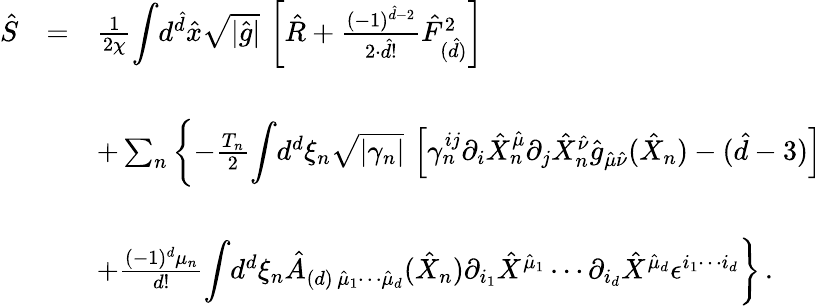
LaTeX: \begin{array}{rcl}{{\hat{S}}}&{{=}}&{{\frac{1}{2\chi}{\displaystyle\int}d^{\hat{d}}\hat{x}\sqrt{|\hat{g}|}\, \left[\hat{R}+\frac{(-1)^{\hat{d}-2}}{2\cdot\hat{d}!}\hat{F}_{(\hat{d})}^{2}\right]}}\\ {{}}&{{}}&{{}}\\ {{}}&{{}}&{{+\sum_{n}\left\{ -\frac{T_{n}}{2}{\displaystyle\int}d^{d}\xi_{n}\sqrt{|\gamma_{n}|}\, \left[\gamma_{n}^{ij}\partial_{i}\hat{X}_{n}^{\hat{\mu}}\partial_{j}\hat{X}_{n}^{\hat{\nu}}\hat{g}_{\hat{\mu}\hat{\nu}}(\hat{X}_{n})-(\hat{d}-3)\right]\right.}}\\ {{}}&{{}}&{{}}\\ {{}}&{{}}&{{\left.+\frac{(-1)^{d}\mu_{n}}{d!}{\displaystyle\int}d^{d}\xi_{n}\hat{A}_{(d)\, \hat{\mu}_{1}\cdots\hat{\mu}_{d}}(\hat{X}_{n})\partial_{i_{1}}\hat{X}^{\hat{\mu}_{1}}\cdots\partial_{i_{d}}\hat{X}^{\hat{\mu}_{d}}\epsilon^{i_{1}\cdots i_{d}}\right\} \, .}}\end{array}